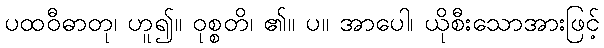
ပထဝီဓာတု၊ ဟူ၍။ ဝုစ္စတိ၊ ၏။ ပ။ အာပေါ၊ ယိုစီးသောအားဖြင့်